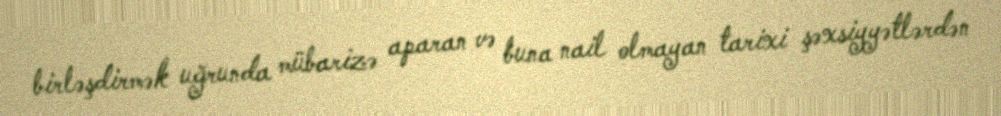
birləşdirmək uğrunda mübarizə aparan və buna nail olmayan tarixi şəxsiyyətlərdən